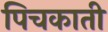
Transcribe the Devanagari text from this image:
पिचकाती